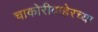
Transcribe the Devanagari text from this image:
चाकोरीबाहेरच्या